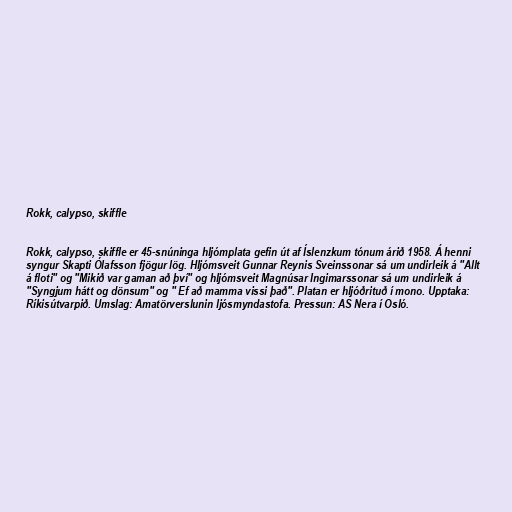
Rokk, calypso, skiffle

Rokk, calypso, skiffle er 45-snúninga hljómplata gefin út af Íslenzkum tónum árið 1958. Á henni
syngur Skapti Ólafsson fjögur lög. Hljómsveit Gunnar Reynis Sveinssonar sá um undirleik á "Allt
á floti" og "Mikið var gaman að því" og hljómsveit Magnúsar Ingimarssonar sá um undirleik á
"Syngjum hátt og dönsum" og " Ef að mamma vissi það". Platan er hljóðrituð í mono. Upptaka:
Ríkisútvarpið. Umslag: Amatörverslunin ljósmyndastofa. Pressun: AS Nera í Osló.